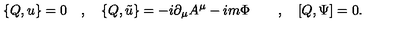
\{ Q , u \} = 0 \quad , \quad \{ Q , \tilde { u } \} = - i \partial _ { \mu } A ^ { \mu } - i m \Phi \quad \quad , \quad [ Q , \Psi ] = 0 .